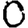
Digit: 0